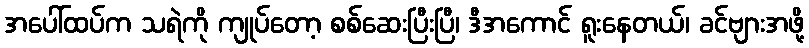
အပေါ်ထပ်က သရဲကို ကျုပ်တော့ စစ်ဆေးပြီးပြီ၊ ဒီအကောင် ရူးနေတယ်၊ ခင်ဗျားအဖို့